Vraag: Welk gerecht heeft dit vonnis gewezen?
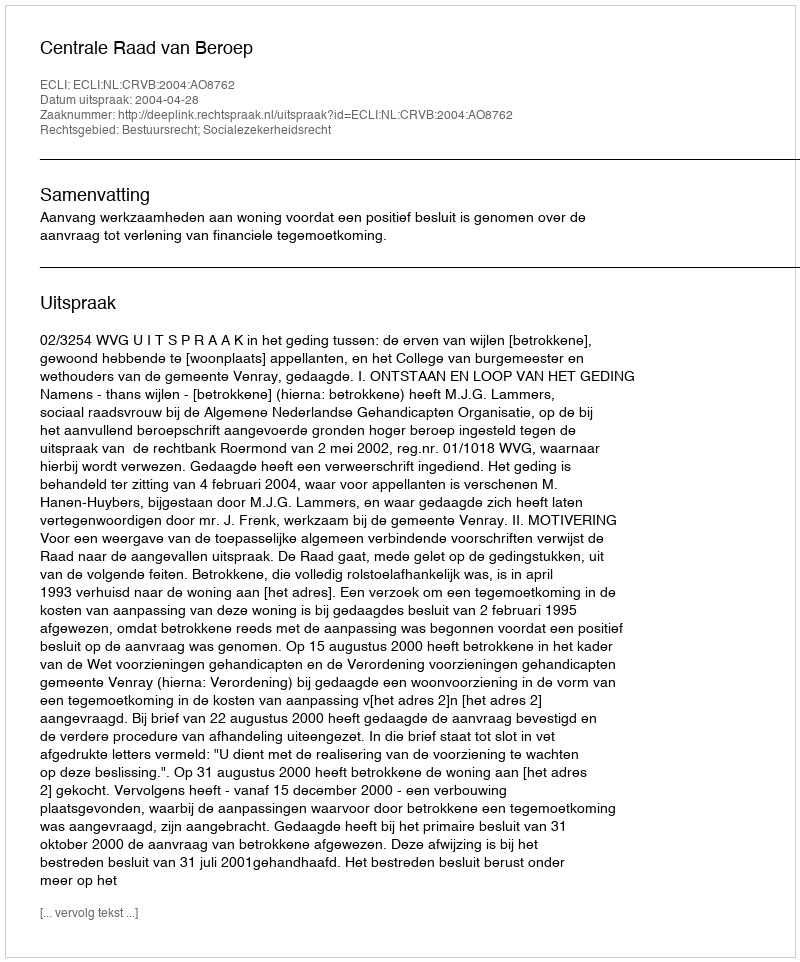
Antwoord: Centrale Raad van Beroep